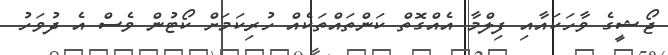
ޖޯޝީގެ ވާހަކައާއި ފިލްމާ އެއްގޮތް ކަންތައްތަކެއް ހުރިކަމަށް ކޯޓުން ވެސް އެ ދުވަހު